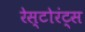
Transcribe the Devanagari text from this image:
रेस्टोरंट्स